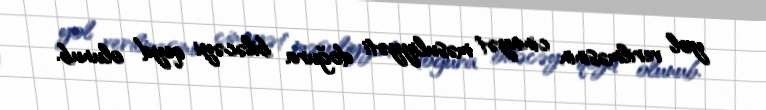
yol verilməsinin cinayət məsuliyyəti doğura biləcəyi qeyd olunub.